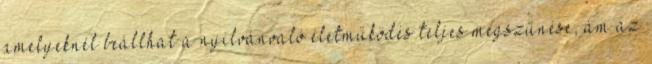
amelyeknél beállhat a nyilvánvaló életműködés teljes megszűnése, ám az